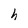
Character: h